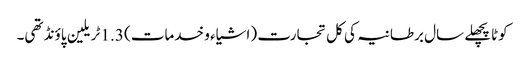
کوٹاپچھلے سال برطانیہ کی کل تجارت (اشیاء و خدمات) 1.3 ٹریلین پاؤنڈ تھی۔